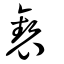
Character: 褻